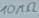
Text: 10MΩ